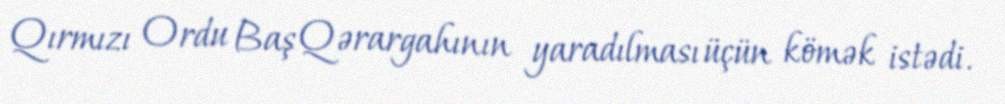
Qırmızı Ordu Baş Qərargahının yaradılması üçün kömək istədi.